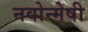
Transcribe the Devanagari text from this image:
नवोन्‍मेषी